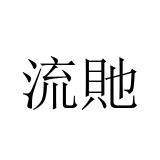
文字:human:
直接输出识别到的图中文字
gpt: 流貤